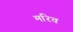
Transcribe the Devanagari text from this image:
मरिच